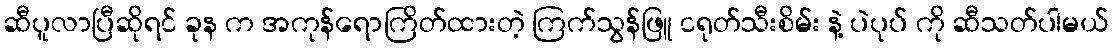
ဆီပူလာပြီဆိုရင် ခုန က အကုန်ရောကြိတ်ထားတဲ့ ကြက်သွန်ဖြူ ငရုတ်သီးစိမ်း နဲ့ ပဲပုပ် ကို ဆီသတ်ပါမယ်